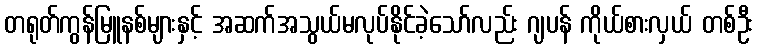
တရုတ်ကွန်မြူနစ်များနှင့် အဆက်အသွယ်မလုပ်နိုင်ခဲ့သော်လည်း ဂျပန် ကိုယ်စားလှယ် တစ်ဦး